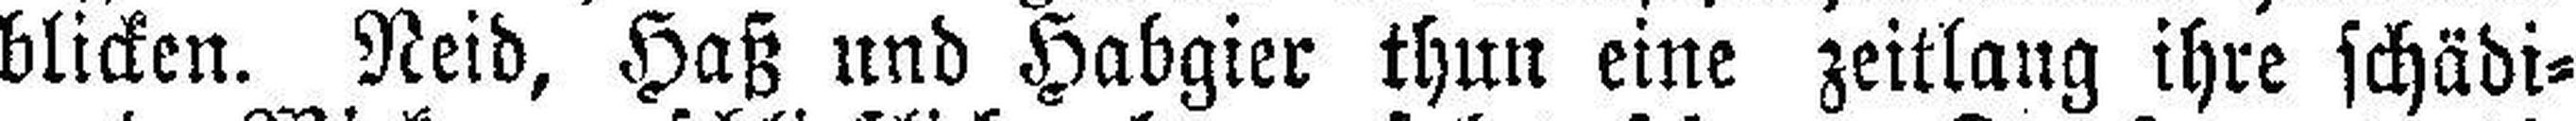
blicken. Neid, Haß und Habgier thun eine zeitlang ihre schädi¬